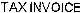
TAX INVOICE